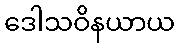
ဒေါသဝိနယာယ